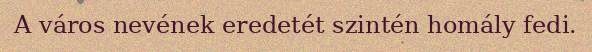
A város nevének eredetét szintén homály fedi.